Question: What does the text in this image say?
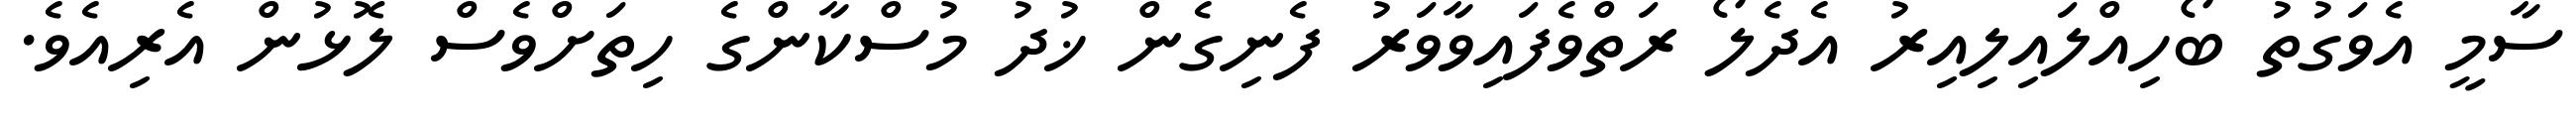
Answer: ސާމީ އެވަގުތު ބޯހިއްލައިލިއިރު އެދެލޯ ރަތްވެފައިވާވަރު ފެނިގެން ޚުދު މުސްކާންގެ ހިތަށްވެސް ލޮޅުން އެރިއެވެ.